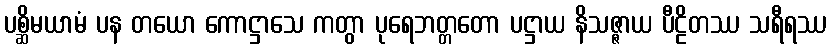
ပစ္ဆိမယာမံ ပန တယော ကောဋ္ဌာသေ ကတွာ ပုရေဘတ္တတော ပဋ္ဌာယ နိသဇ္ဇာယ ပီဠိတဿ သရီရဿ